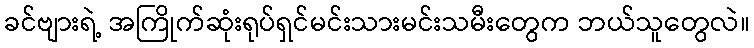
ခင်ဗျားရဲ့ အကြိုက်ဆုံးရုပ်ရှင်မင်းသားမင်းသမီးတွေက ဘယ်သူတွေလဲ။